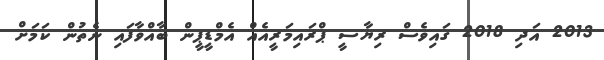
2013 އަދި 2018 ގައިވެސް ރިޔާސީ ޕްރައިމަރީއެއް އެމްޑީޕީން ބާއްވާފައި ނެތުން ކަމަށް